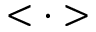
< \cdot >